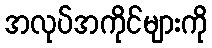
အလုပ်အကိုင်များကို